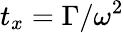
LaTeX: t_{x}=\Gamma/\omega^{2}